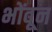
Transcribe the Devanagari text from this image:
भोंवून